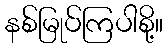
နစ်မြုပ်ကြပါစို့။